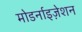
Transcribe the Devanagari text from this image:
मोडर्नाइज़ेशन